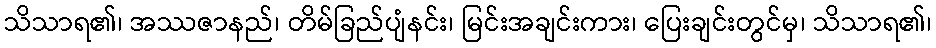
သိသာရ၏၊ အဿဇာနည်၊ တိမ်ခြည်ပျံနင်း၊ မြင်းအချင်းကား၊ ပြေးချင်းတွင်မှ၊ သိသာရ၏၊